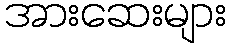
အားဆေးများ